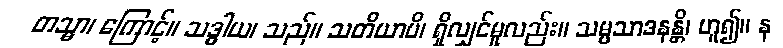
တသ္မာ၊ ကြောင့်။ သဒ္ဓါယ၊ သည်။ သတိယာပိ၊ ရှိလျှင်မူလည်း။ သမ္ပသာဒနန္တိ၊ ဟူ၍။ န